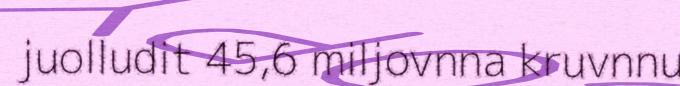
juolludit 45,6 miljovnna kruvnnu